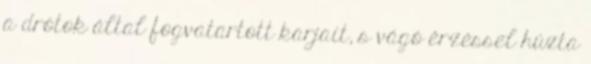
a drótok által fogvatartott karjait, s vágó érzéssel húzta